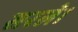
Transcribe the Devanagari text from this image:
सरले।